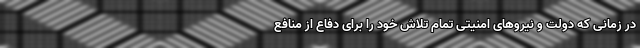
در زمانی که دولت و نیروهای امنیتی تمام تلاش خود را برای دفاع از منافع